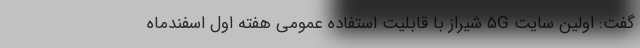
گفت: اولین سایت ۵G شیراز با قابلیت استفاده عمومی هفته اول اسفندماه